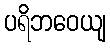
ပရိဘဝေယျ